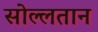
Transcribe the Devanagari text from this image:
सोल्लतान